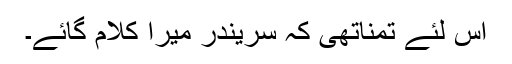
اس لئے تمناتھی کہ سریندر میرا کلام گائے۔